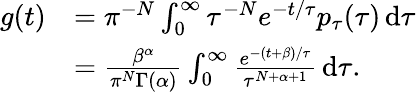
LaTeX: \begin{array}{rl}{g(t)}&{=\pi^{-N}\int_{0}^{\infty}\tau^{-N}e^{-t/\tau}p_{\tau}(\tau)\, \mathrm{d}\tau}\\ &{=\frac{\beta^{\alpha}}{\pi^{N}\Gamma(\alpha)}\int_{0}^{\infty}\frac{e^{-(t+\beta)/\tau}}{\tau^{N+\alpha+1}}\, \mathrm{d}\tau.}\end{array}